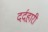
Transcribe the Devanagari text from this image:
दर्दहारी